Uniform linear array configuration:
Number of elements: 24
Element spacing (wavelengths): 0.5
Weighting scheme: hamming
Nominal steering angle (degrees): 30
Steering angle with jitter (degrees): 28.43
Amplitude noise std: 0.05
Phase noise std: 0.05

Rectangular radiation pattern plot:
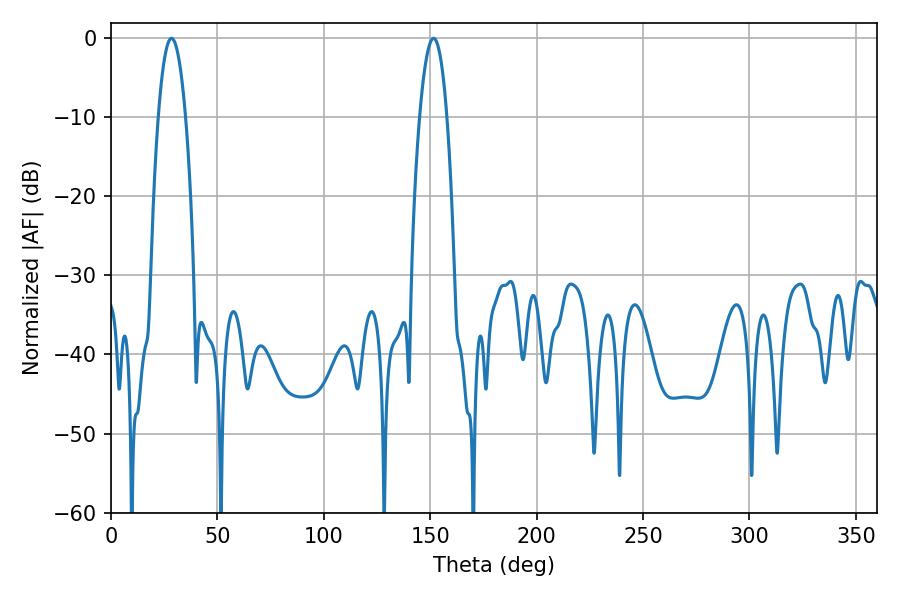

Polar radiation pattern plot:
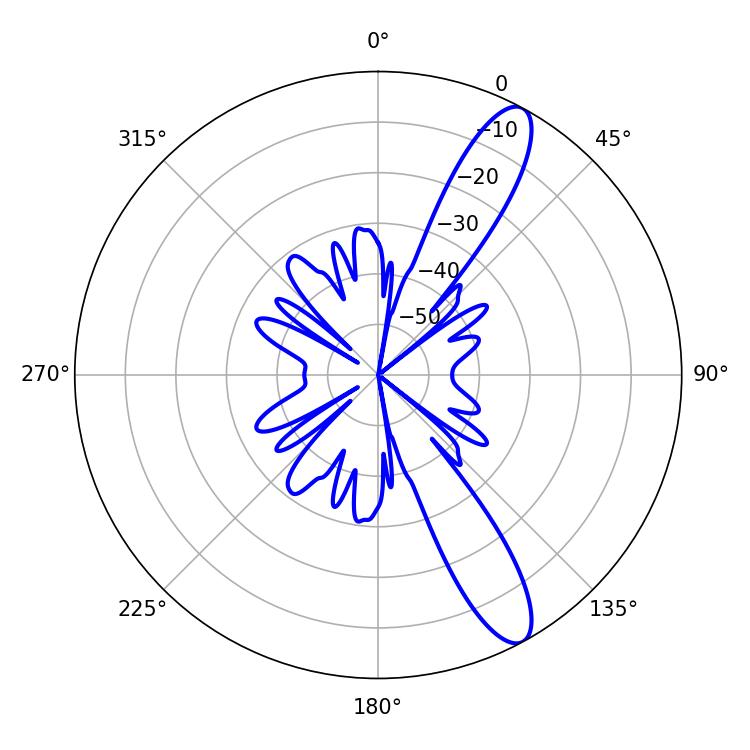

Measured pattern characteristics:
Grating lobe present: FALSE
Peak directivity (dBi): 11.986
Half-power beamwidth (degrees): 7.02
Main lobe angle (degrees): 28.44